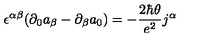
\epsilon ^ { \alpha \beta } ( \partial _ { 0 } a _ { \beta } - \partial _ { \beta } a _ { 0 } ) = - { \frac { 2 \hbar \theta } { e ^ { 2 } } } j ^ { \alpha }